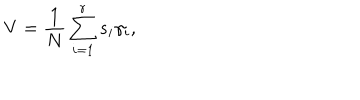
V = \frac 1 N \sum _ { i = 1 } ^ { r } s _ { i } \gamma _ { i } ,